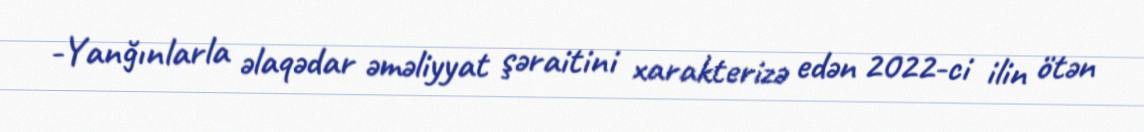
-Yanğınlarla əlaqədar əməliyyat şəraitini xarakterizə edən 2022-ci ilin ötən